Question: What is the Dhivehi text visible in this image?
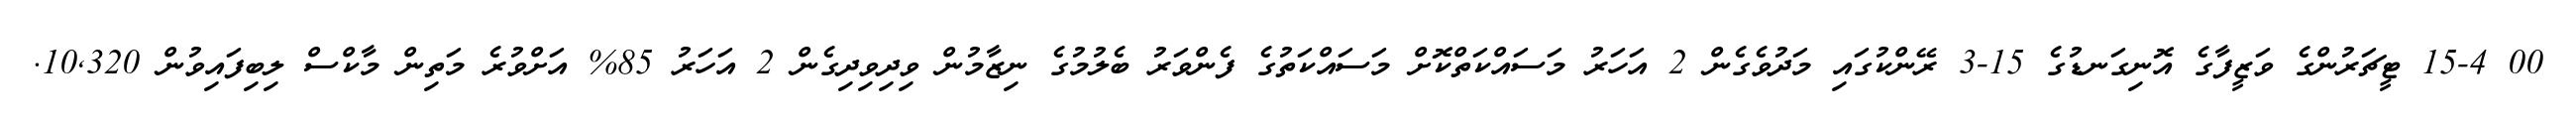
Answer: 00 15-4 ޓީޗަރުންގެ ވަޒީފާގެ އޮނިގަނޑުގެ 15-3 ރޭންކުގައި މަދުވެގެން 2 އަހަރު މަސައްކަތްކޮށް މަސައްކަތުގެ ފެންވަރު ބެލުމުގެ ނިޒާމުން ވިދިވިދިގެން 2 އަހަރު 85% އަށްވުރެ މަތިން މާކްސް ލިބިފައިވުން 10,320.